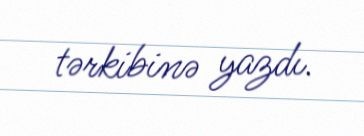
tərkibinə yazdı.